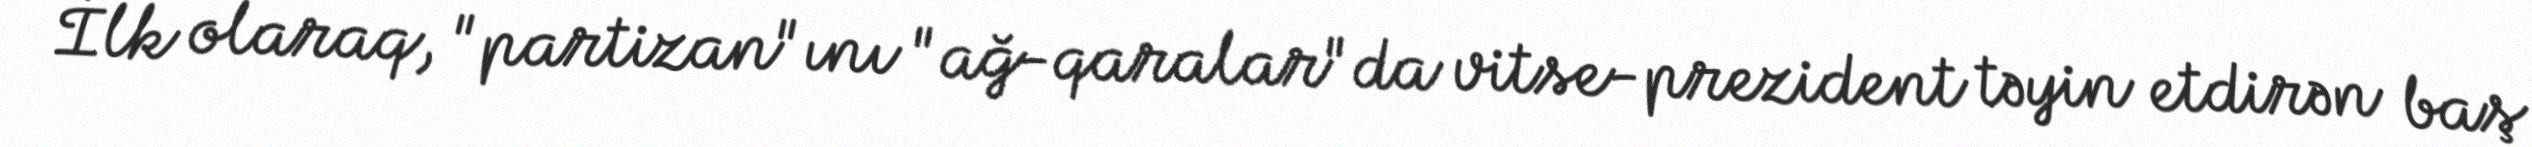
İlk olaraq, "partizan"ını "ağ-qaralar"da vitse-prezident təyin etdirən baş